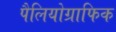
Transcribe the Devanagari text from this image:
पैलियोग्राफिक